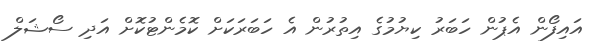
އައިފޯން އެޕުން ހަބަރު ކިޔުމުގެ އިތުރުން އެ ހަބަރަކަށް ކޮމެންޓުކޮށް އަދި ސޯޝަލް